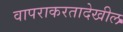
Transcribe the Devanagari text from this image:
वापराकरतादेखील